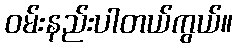
ဝမ်းနည်းပါတယ်ကွယ်။